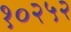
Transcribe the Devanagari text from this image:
१०२५२